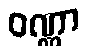
ဝဏ္ဏာ